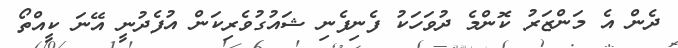
ދެން އެ މަންޒަރު ކޮންމެ ދުވަހަކު ފެނިފެނި ޝައުގުވެރިކަން އުފެދުނީ އޭނަ ކީއްތޯ